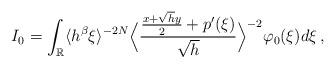
LaTeX: \begin{align*}I_0= \int_{\mathbb{R}}\langle h^{\beta}\xi \rangle^{-2N} \Big\langle\frac{\frac{x+\sqrt{h} y}{2}+p'(\xi)}{\sqrt{h}}\Big\rangle^{-2} \varphi_0(\xi) d\xi \, ,\end{align*}